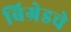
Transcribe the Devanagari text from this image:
बिग्रेडचे